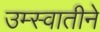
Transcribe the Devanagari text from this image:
उम्स्वातीने